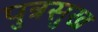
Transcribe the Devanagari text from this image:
पुत्रसुख